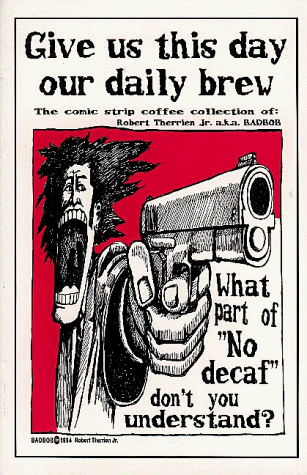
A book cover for Give Us This Day Our Daily Brew: A Comic Strip Coffee Collection; Robert Therrien; Health, Fitness & Dieting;